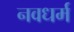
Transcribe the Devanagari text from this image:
नवधर्म